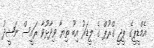
އެމްޑީޕީގެ ޕީޖީ ގްރޫޕް ގެ ލީޑަރު އިބޫ ތިޔާ ވިދާޅުވާ ރައީސް ނަޝީދު